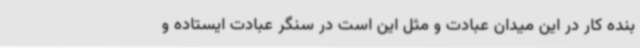
بنده کار در این میدان عبادت و مثل این است در سنگر عبادت ایستاده و